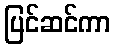
ပြင်ဆင်ကာ